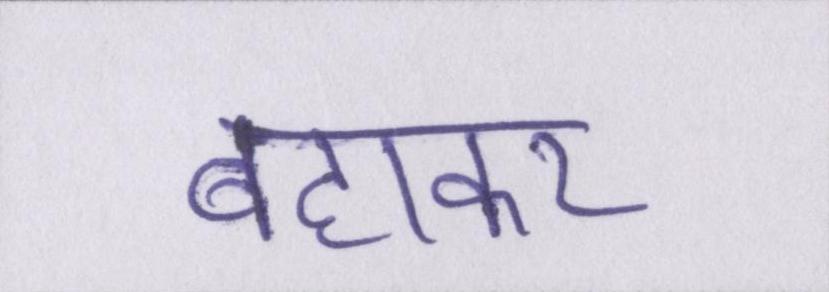
बहाकर